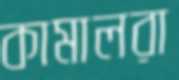
কামালরা